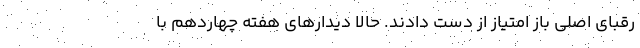
رقبای اصلی باز امتیاز از دست دادند. حالا دیدارهای هفته چهاردهم با